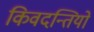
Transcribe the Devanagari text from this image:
किवदन्तियों